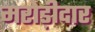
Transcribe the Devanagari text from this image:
मरोड़ीदार